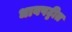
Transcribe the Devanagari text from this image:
धावपट्टीत